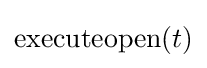
\mathrm {executeopen} (t)